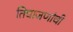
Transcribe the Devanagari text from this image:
तिघाजणांची